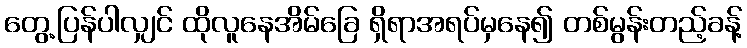
တွေ့ပြန်ပါလျှင် ထိုလူနေအိမ်ခြေ ရှိရာအရပ်မှနေ၍ တစ်မွန်းတည့်ခန့်